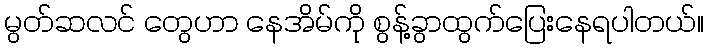
မွတ်ဆလင် တွေဟာ နေအိမ်ကို စွန့်ခွာထွက်ပြေးနေရပါတယ်။